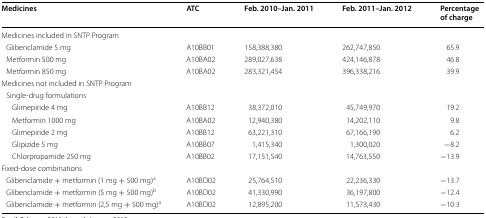
<table><thead><tr><td><b>Medicines</b></td><td><b>ATC</b></td><td><b>Feb. 2010–Jan. 2011</b></td><td><b>Feb. 2011–Jan. 2012</b></td><td><b>Percentage of charge</b></td></tr></thead><tbody><tr><td colspan="5">Medicines included in SNTP Program</td></tr><tr><td> Glibenclamide 5 mg</td><td>A10BB01</td><td>158,388,380</td><td>262,747,850</td><td>65.9</td></tr><tr><td> Metformin 500 mg</td><td>A10BA02</td><td>289,027,638</td><td>424,146,878</td><td>46.8</td></tr><tr><td> Metformin 850 mg</td><td>A10BA02</td><td>283,321,454</td><td>396,338,216</td><td>39.9</td></tr><tr><td colspan="5">Medicines not included in SNTP Program</td></tr><tr><td colspan="5"> Single-drug formulations</td></tr><tr><td>Glimepiride 4 mg</td><td>A10BB12</td><td>38,372,010</td><td>45,749,970</td><td>19.2</td></tr><tr><td>Metformin 1000 mg</td><td>A10BA02</td><td>12,940,380</td><td>14,202,110</td><td>9.8</td></tr><tr><td>Glimepiride 2 mg</td><td>A10BB12</td><td>63,221,310</td><td>67,166,190</td><td>6.2</td></tr><tr><td>Glipizide 5 mg</td><td>A10BB07</td><td>1,415,340</td><td>1,300,020</td><td>−8.2</td></tr><tr><td>Chlorpropamide 250 mg</td><td>A10BB02</td><td>17,151,540</td><td>14,763,550</td><td>−13.9</td></tr><tr><td colspan="5">Fixed-dose combinations</td></tr><tr><td> Glibenclamide + metformin (1 mg + 500 mg)<sup>a</sup></td><td>A10BD02</td><td>25,764,510</td><td>22,236,330</td><td>−13.7</td></tr><tr><td> Glibenclamide + metformin (5 mg + 500 mg)<sup>b</sup></td><td>A10BD02</td><td>41,330,990</td><td>36,197,800</td><td>−12.4</td></tr><tr><td> Glibenclamide + metformin (2,5 mg + 500 mg)<sup>a</sup></td><td>A10BD02</td><td>12,895,200</td><td>11,573,430</td><td>−10.3</td></tr></tbody></table>